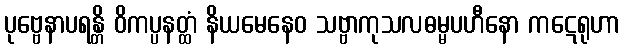
ပုဗ္ဗေနာပရန္တိ ဝိကပ္ပနတ္ထံ နိယမေနေဝ သဗ္ဗာကုသလဓမ္မပဟီနော ကဋေရုဟာ